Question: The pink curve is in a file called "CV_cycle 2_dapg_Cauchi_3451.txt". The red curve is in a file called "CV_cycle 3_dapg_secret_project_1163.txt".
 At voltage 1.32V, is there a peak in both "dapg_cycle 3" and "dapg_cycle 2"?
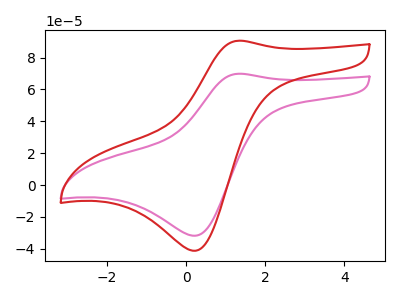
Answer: <think>The pink curve "dapg_cycle 2" has an anodic peak at (1.30V, 69.85uA) and a cathodic peak at (0.25V, -31.80uA). The red curve "dapg_cycle 3" has an anodic peak at (1.30V, 90.60uA) and a cathodic peak at (0.25V, -41.25uA).</think>
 <answer>Yes, "dapg_cycle 3" and "dapg_cycle 2" share a peak at 1.32V.</answer>
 <eval>match</eval>